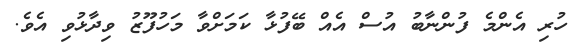
ހުރި އެންމެ ފުންނާބު އުސް އެއް ބޭފުޅާ ކަމަށްވާ މަހުފޫޒު ވިދާޅުވި އެވެ.